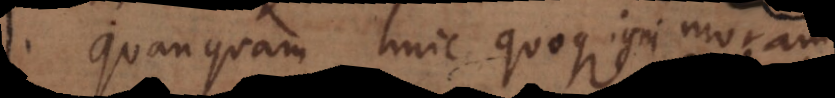
quanquam huic quoque igni moram